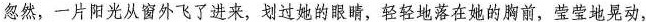
忽然，一片阳光从窗外飞了进来，划过她的眼睛，轻轻地落在她的胸前，莹莹地晃动，